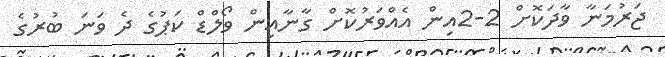
ޖަރުމަނާ ވާދަކޮށް 2-2އިން އެއްވަރުކޮށް ގާނާއިން ވޯލްޑް ކަޕުގެ ދެ ވަނަ ބުރުގެ